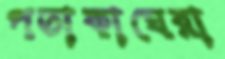
পতাকাঘেরা